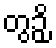
တွဉှိ